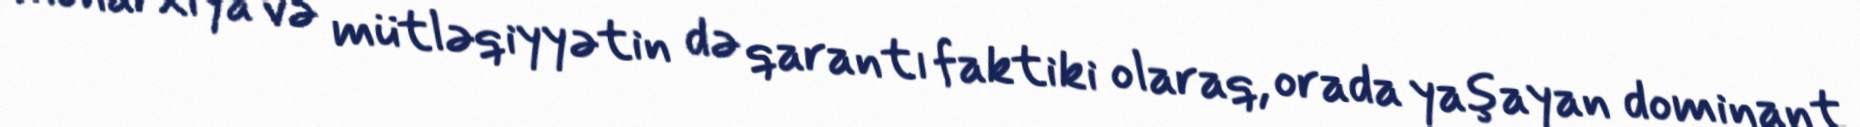
monarxiya və mütləqiyyətin də qarantı faktiki olaraq, orada yaşayan dominant